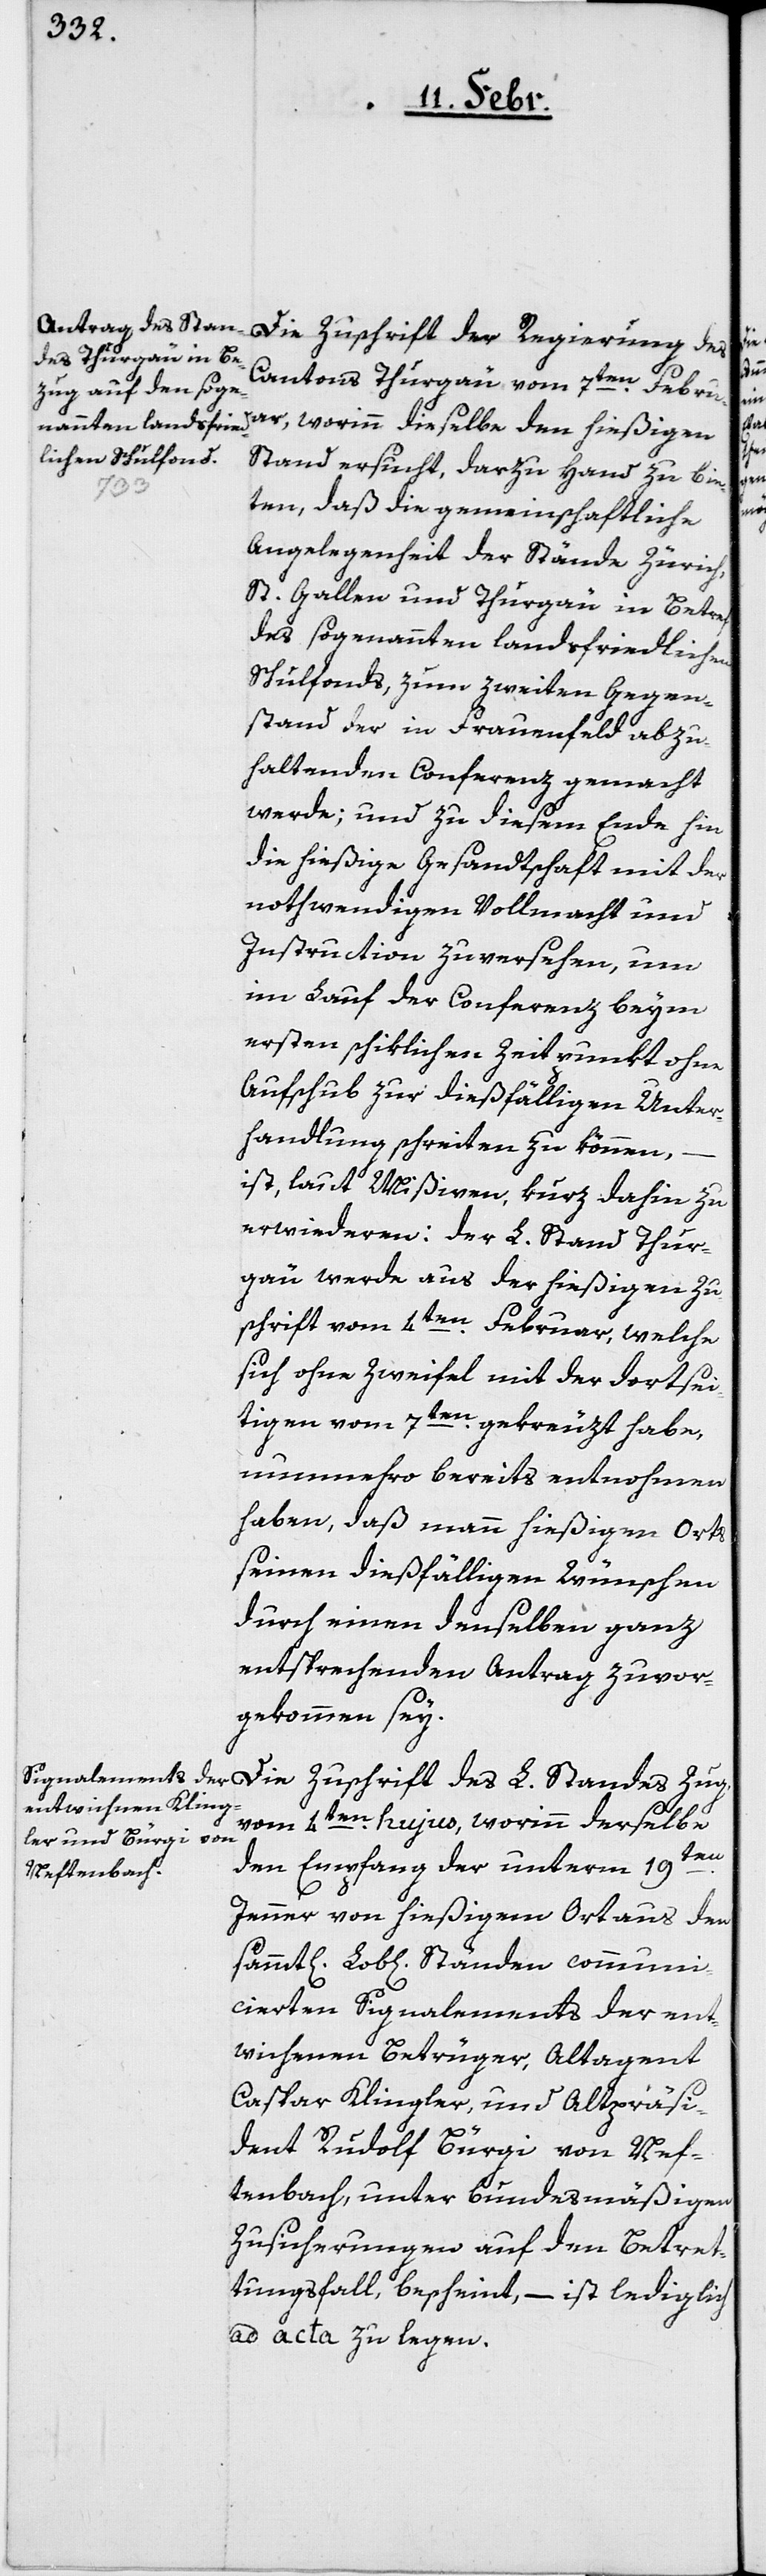
Die Zuschrift der Regierung des
Cantons Thurgäu vom 7ten. Febru¬
ar, worinn dieselbe den hießigen
Stand ersucht, darzu Hand zu bie¬
ten, daß die gemeinschaftliche
Angelegenheit der Stände Zürich,
St. Gallen und Thurgäu in Betref
des sogenannten landsfriedlichen
Schulfonds, zum zweiten Gegen¬
stand der in Frauenfeld abzu¬
haltenden Conferenz gemacht
werde; und zu diesem Ende hin
die hießige Gesandtschaft mit der
nothwendigen Vollmacht und
Instruction zuversehen, um
im Lauf der Conferenz beym
ersten schiklichen Zeitpunkt ohne
Aufschub zur dießfälligen Unter¬
handlung schreiten zu können,
ist, laut Mißiven, kurz dahin zu
erwiederen: der L. Stand Thur¬
gäu werde aus der hießigen Zu¬
schrift vom 4ten. Februar, welche
sich ohne Zweifel mit der dortsei¬
tigen vom 7ten. gekreuzt habe,
nunmehro bereits entnohmen
haben, daß mann hießigen Orts
seinen dießfälligen Wünschen
durch einen denselben ganz
entsprechenden Antrag zuvor¬
gekommen sey.
vom 4ten. hujus, worinn derselbe
den Empfang der unterm 19t¬
Jenner von hießigem Ort aus den
icierten Signalements der ent¬
wichenen Betrüger, Altagent
Caspar Klingler, und Altpräsi¬
dent Rudolf Bürgi von Nef¬
tenbach, unter bundesmäßigen
Zusicherungen auf den Betret¬
tungsfall, bescheint, – ist lediglich
ad acta zu legen.

mun¬